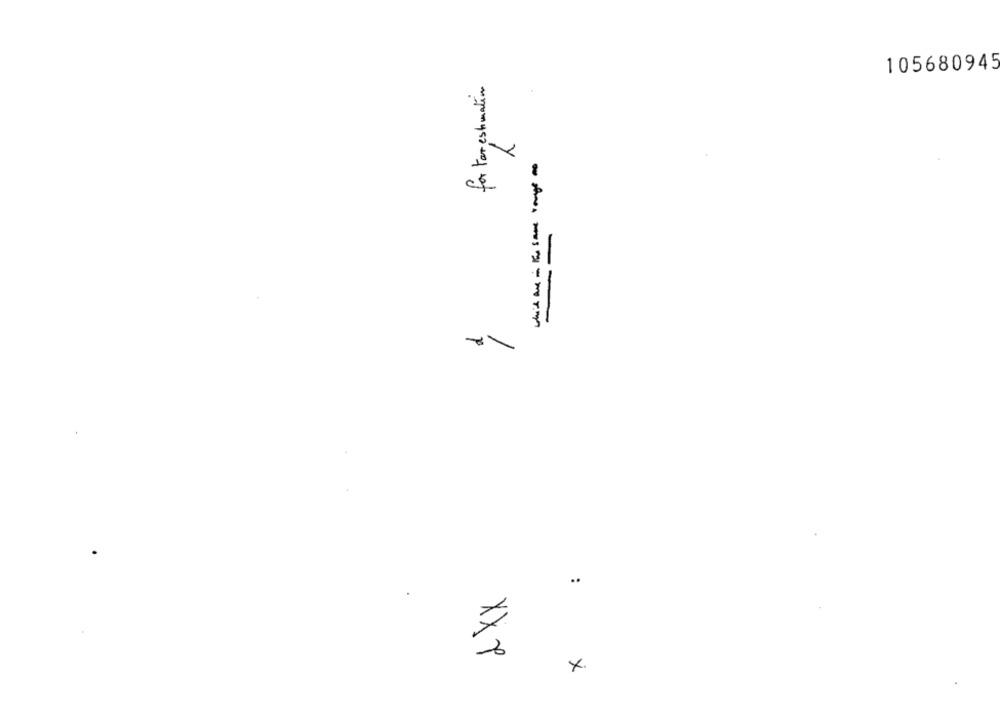
105680945
for Forestmation
--
--------
:
XXX